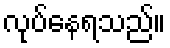
လုပ်နေရသည်။